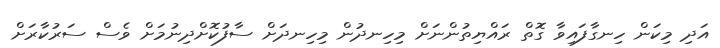
އަދި މިކަން ހިނގާފައިވާ ގޮތް ރައްޔިތުންނަށް މިހިނދުން މިހިނދަށް ސާފުކޮށްދިނުމަށް ވެސް ސަރުކާރަށް